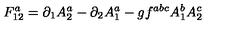
F _ { 1 2 } ^ { a } = \partial _ { 1 } A _ { 2 } ^ { a } - \partial _ { 2 } A _ { 1 } ^ { a } - g f ^ { a b c } A _ { 1 } ^ { b } A _ { 2 } ^ { c }